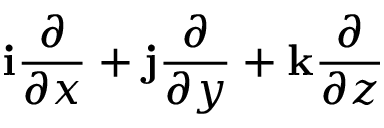
\mathbf { i } { \frac { \partial } { \partial x } } + \mathbf { j } { \frac { \partial } { \partial y } } + \mathbf { k } { \frac { \partial } { \partial z } }